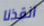
انقذنا